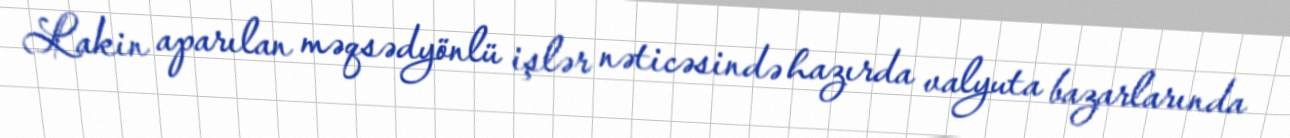
Lakin aparılan məqsədyönlü işlər nəticəsində hazırda valyuta bazarlarında